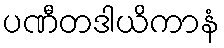
ပဏီတဒါယိကာနံ